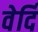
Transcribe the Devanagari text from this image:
वेर्दि